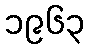
၁၉၆၃